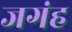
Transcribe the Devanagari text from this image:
जगंह